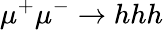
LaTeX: \mu^{+}\mu^{-}\to hhh